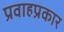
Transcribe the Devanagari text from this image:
प्रवाहप्रकार